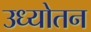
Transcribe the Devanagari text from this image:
उध्योतन